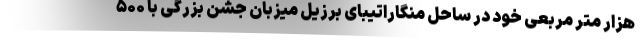
هزار متر مربعی خود در ساحل منگاراتیبای برزیل میزبان جشن بزرگی با ۵۰۰